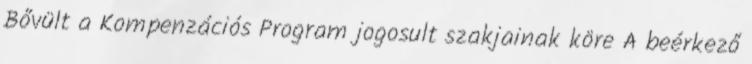
Bővült a Kompenzációs Program jogosult szakjainak köre A beérkező